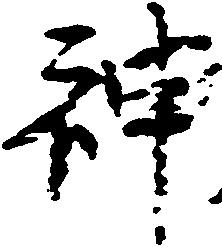
神